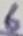
Text: 6